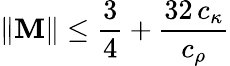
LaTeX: \| \mathbf{M}\| \leq\frac{{3}}{{4}}+\frac{{32\, c_{\kappa}}}{{c_{\rho}}}